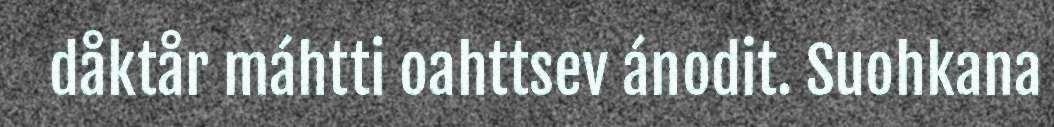
dåktår máhtti oahttsev ánodit. Suohkana